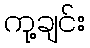
ကု့ချင်း